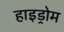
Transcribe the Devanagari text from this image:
हाइड्रोम